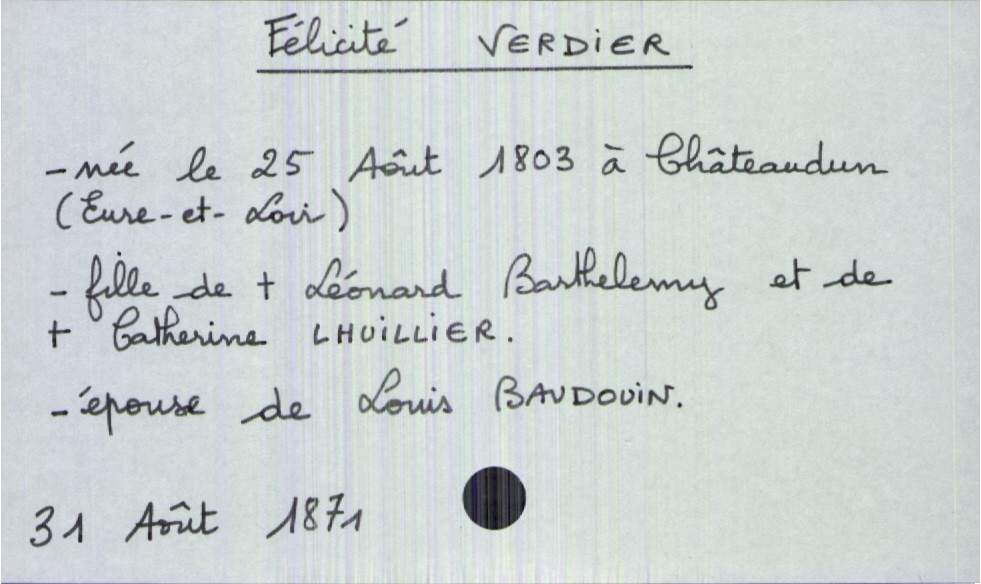
type_acte: Décès
année: 1871
mois: août
jour: 31
défunt_nom: Verdier
défunt_prénom: Félicité
défunt_sexe: F
défunt_date_de_naissance: 25 août 1803
défunt_lieu_de_naissance: Châteaudun (Eure-et-Loir)
défunt_statut: marié(e)
père_défunt_nom: Verdier
père_défunt_prénom: Léonard Barthelemy
père_défunt_statut: décédé
mère_défunt_nom: Lhuillier
mère_défunt_prénom: Catherine
mère_défunt_statut: décédée